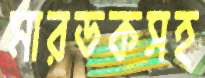
মারডকসহ